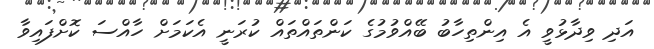
އަދި ވިދާޅުވީ އެ އިންތިހާބު ބޭއްވުމުގެ ކަންތައްތައް ކުރަނީ އެކަމަށް ހާއްސަ ކޮށްފައިވާ